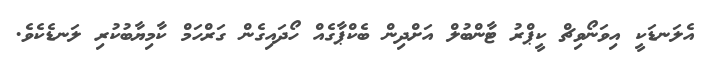
އެލަނޑަކީ އިވަނޯވިޗް ކީޕްރު ޓާންބުލް އަށްދިން ބެކްޕާގެއް ހޯދައިގެން ގަރްހަމް ކާމިޔާބުކުރި ލަނޑެކެވެ.